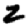
Digit: 2